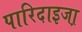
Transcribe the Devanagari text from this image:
पारिदाइजा़